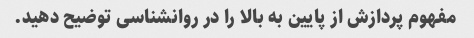
مفهوم پردازش از پایین به بالا را در روانشناسی توضیح دهید.